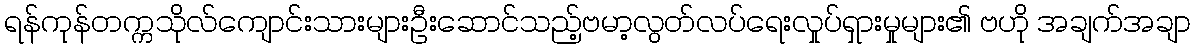
ရန်ကုန်တက္ကသိုလ်ကျောင်းသားများဦးဆောင်သည့်ဗမာ့လွတ်လပ်ရေးလှုပ်ရှားမှုများ၏ ဗဟို အချက်အချာ